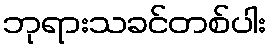
ဘုရားသခင်တစ်ပါး